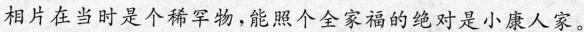
相片在当时是个稀罕物,能照个全家福的绝对是小康人家。